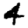
Digit: 4